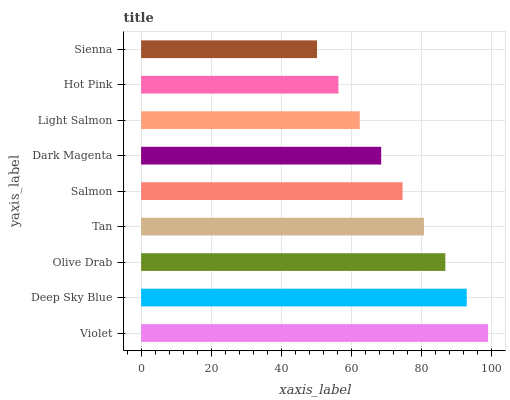
| yaxis_label | bars |
 | --- | --- |
 | Violet | 99 |
 | Deep Sky Blue | 92.9 |
 | Olive Drab | 86.8 |
 | Tan | 80.7 |
 | Salmon | 74.6 |
 | Dark Magenta | 68.5 |
 | Light Salmon | 62.4 |
 | Hot Pink | 56.3 |
 | Sienna | 50.2 |